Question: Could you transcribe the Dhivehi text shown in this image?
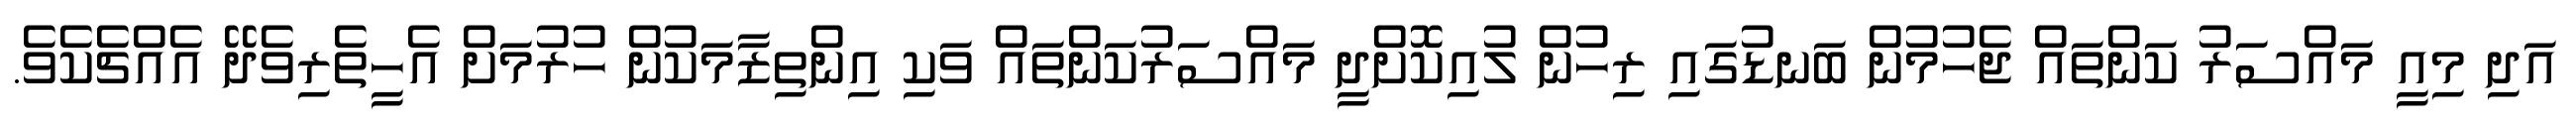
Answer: އަދި މިއީ މައްސަރު ކަންތައް ޖެހުމުން ބަނޑުގައި ރިހުން ލުއިކޮށްދީ މައްސަރުކަންތައް ވަކި އިންތިޒާމަކުން ހުރުމަށް އެހީތެރިވެދޭ އެއްޗެކެވެ.